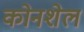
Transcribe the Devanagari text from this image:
कोनशेल